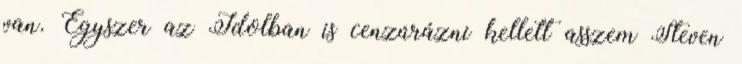
van. Egyszer az Idolban is cenzúrázni kellett asszem Steven